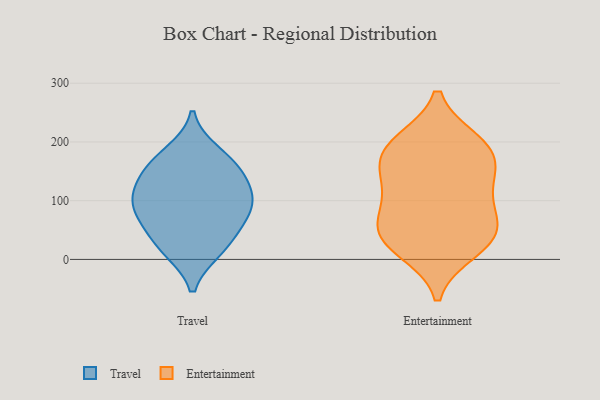
{"axis": {"x": "Energy Usage (MWh)", "y": "Value"}, "legend": ["Entertainment", "Travel"], "data": [{"x": "", "y": 97, "type": "Travel"}, {"x": "", "y": 182, "type": "Travel"}, {"x": "", "y": 114, "type": "Travel"}, {"x": "", "y": 50, "type": "Travel"}, {"x": "", "y": 91, "type": "Travel"}, {"x": "", "y": 138, "type": "Travel"}, {"x": "", "y": 64, "type": "Travel"}, {"x": "", "y": 94, "type": "Travel"}, {"x": "", "y": 17, "type": "Travel"}, {"x": "", "y": 16, "type": "Travel"}, {"x": "", "y": 151, "type": "Travel"}, {"x": "", "y": 164, "type": "Travel"}, {"x": "", "y": 199, "type": "Entertainment"}, {"x": "", "y": 43, "type": "Entertainment"}, {"x": "", "y": 200, "type": "Entertainment"}, {"x": "", "y": 16, "type": "Entertainment"}, {"x": "", "y": 49, "type": "Entertainment"}, {"x": "", "y": 109, "type": "Entertainment"}, {"x": "", "y": 27, "type": "Entertainment"}, {"x": "", "y": 86, "type": "Entertainment"}, {"x": "", "y": 135, "type": "Entertainment"}, {"x": "", "y": 147, "type": "Entertainment"}, {"x": "", "y": 180, "type": "Entertainment"}, {"x": "", "y": 177, "type": "Entertainment"}, {"x": "", "y": 55, "type": "Entertainment"}]}